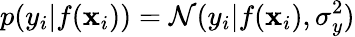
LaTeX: p(y_{i}|f(\mathbf{x}_{i}))=\mathcal{N}(y_{i}|f(\mathbf{x}_{i}),\sigma_{y}^{2})